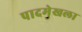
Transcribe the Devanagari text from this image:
पादमेखला